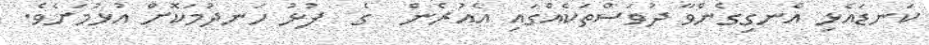
ކަނޑައެޅި އެނގިގެންވާ ދުވަސްތަކެއްގައި އެއުރެން  ގެ  ފުޅު ހަނދުމަކޮށް އުޅުމަށެވެ.